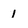
Character: 1